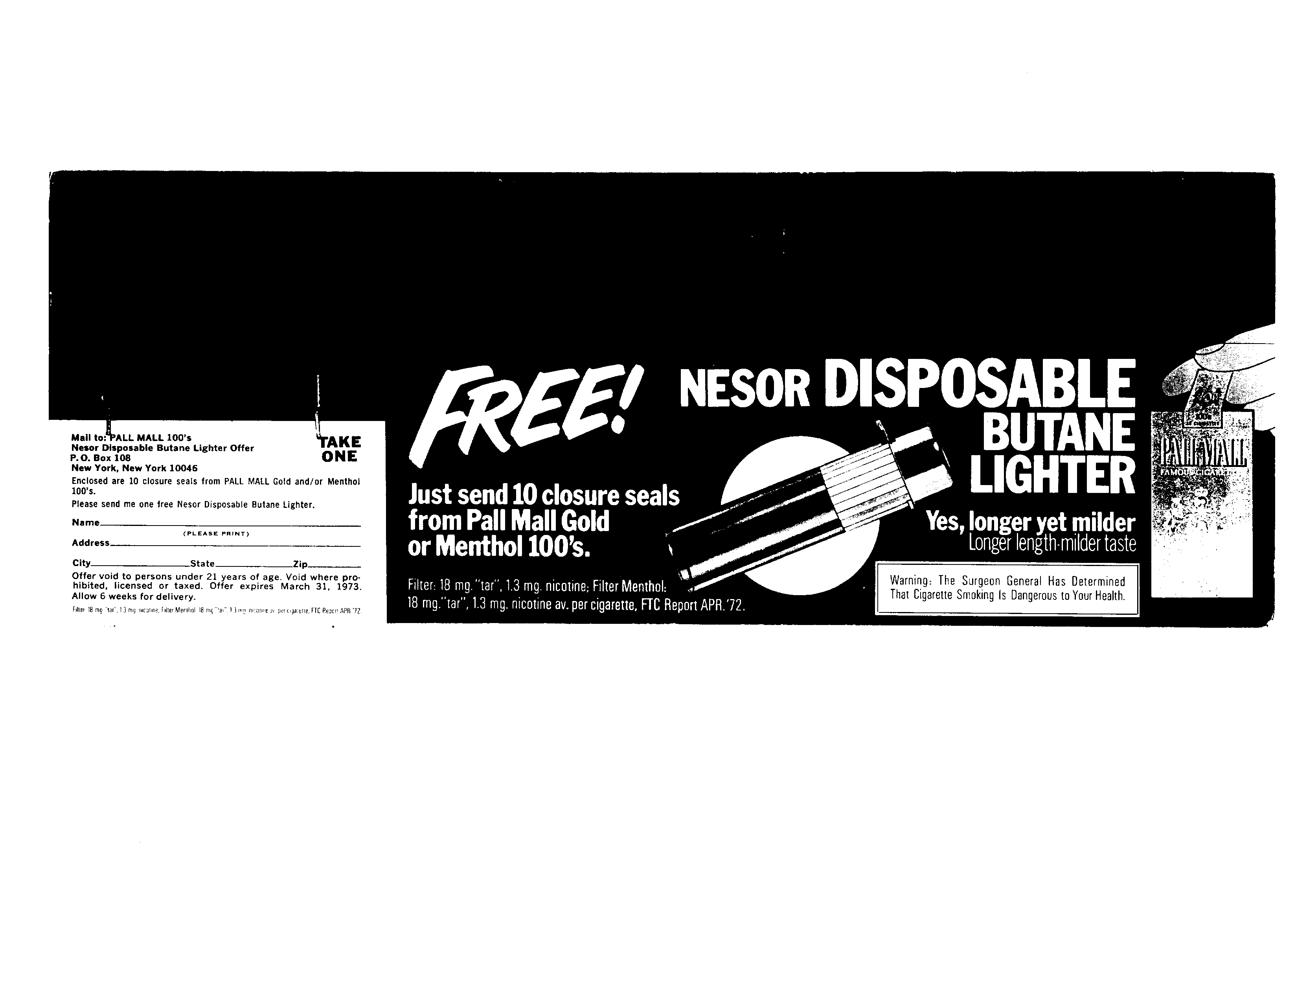
Mail to: PALL MALL 100’s
 Nesor Disposable Butane Lighter Offer
 P.O, Box 108
 New York, New York 10046
 Enclosed are 10 closure seals from PALL MALL Gold and/or Menthot
 100's.
 Please send me one free Nesor Disposable Butane Lighter.
 Name
 (PLEASE PRINT)
 Addre:
 City. State Zip.
 Offer void to persons under 21 years of age. Void where pro-
 hibited, licensed or taxed. Offer expires March 31, 1973.
 Allow 6 weeks for delivery.
 Filter 18 mg “war, 13mg micating, Falter Merthal 18 mg “:a” } don mucanee ge per cigacene, FIC Reacrt APR ‘72.
 BUTANE
 Sea
 MTom MLE
 KON Ca rail ate
 | Ae
 Just send10closureseals Be —
 SATE AT ena
 Ue Ce \
 Filter: 18 mg. “tar”, 1.3 mg. nicotine; Filter Menthol,
 SALT eC aem RUMTeem CC a shee
 Warning: The Surgeon General Has Determined
 That Cigarette Smoking is Dangerous to Your Health.